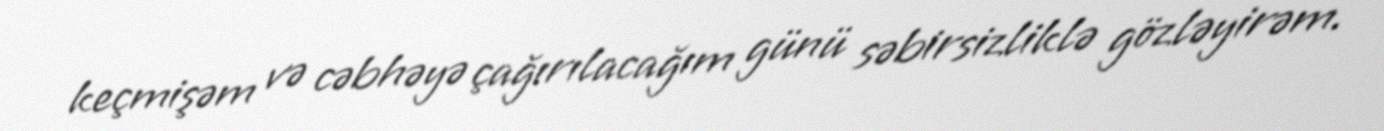
keçmişəm və cəbhəyə çağırılacağım günü səbirsizliklə gözləyirəm.